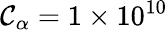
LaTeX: \mathcal{C}_{\alpha}=1\times10^{10}